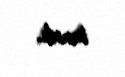
tanıdı.